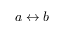
a \leftrightarrow b